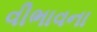
વીભાવના